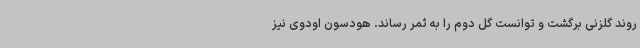
روند گلزنی برگشت و توانست گل دوم را به ثمر رساند. هودسون اودوی نیز